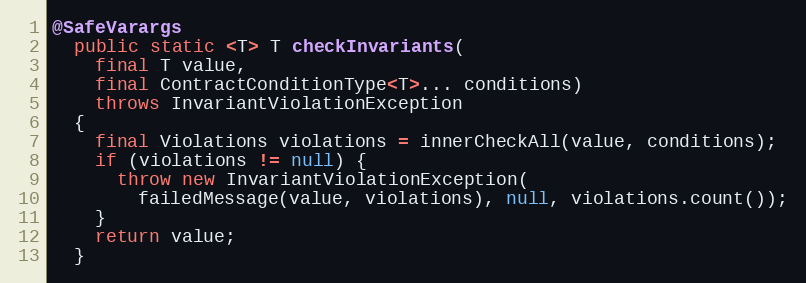
Language: Java
@SafeVarargs
  public static <T> T checkInvariants(
    final T value,
    final ContractConditionType<T>... conditions)
    throws InvariantViolationException
  {
    final Violations violations = innerCheckAll(value, conditions);
    if (violations != null) {
      throw new InvariantViolationException(
        failedMessage(value, violations), null, violations.count());
    }
    return value;
  }